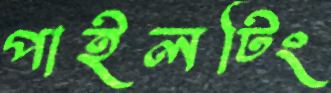
পাইলটিং